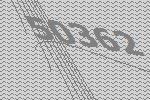
50362